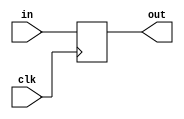
module dff(
    input clk,
    input in,
    output reg out
    );
    
always @(posedge clk)begin
    out <= in;
end
endmodule